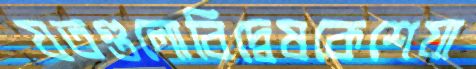
যতগুলোবিদ্বেষকেশেযা